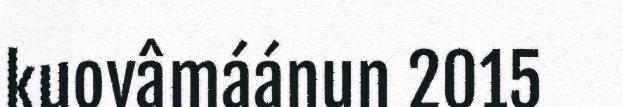
kuovâmáánun 2015